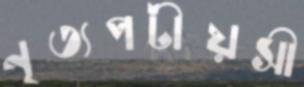
নৃত্যপটীয়সী